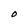
Character: O